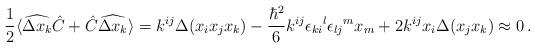
LaTeX: \begin{align*} \frac{1}{2}\langle\widehat{\Delta x_k}\hat{C}+ \hat{C}\widehat{\Delta x_k}\rangle=k^{ij}\Delta(x_ix_jx_k)- \frac{\hbar^2}{6}k^{ij}\epsilon_{ki}{}^l\epsilon_{lj}{}^m x_m + 2k^{ij}x_i \Delta(x_jx_k)\approx0\,.\end{align*}